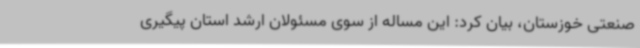
صنعتی خوزستان، بیان کرد: این مساله از سوی مسئولان ارشد استان پیگیری